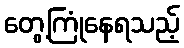
တွေ့ကြုံနေရသည့်